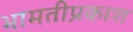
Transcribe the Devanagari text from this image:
भामतीप्रकाश